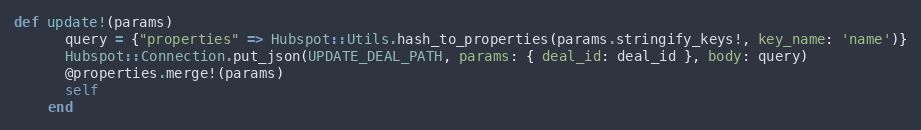
Language: Ruby
def update!(params)
      query = {"properties" => Hubspot::Utils.hash_to_properties(params.stringify_keys!, key_name: 'name')}
      Hubspot::Connection.put_json(UPDATE_DEAL_PATH, params: { deal_id: deal_id }, body: query)
      @properties.merge!(params)
      self
    end